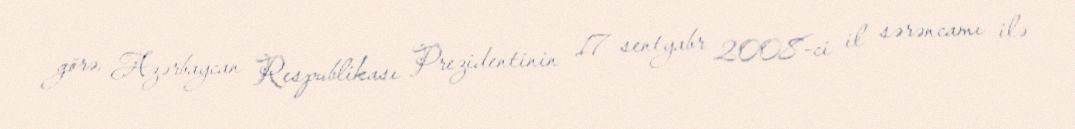
görə, Azərbaycan Respublikası Prezidentinin 17 sentyabr 2008-ci il sərəncamı ilə